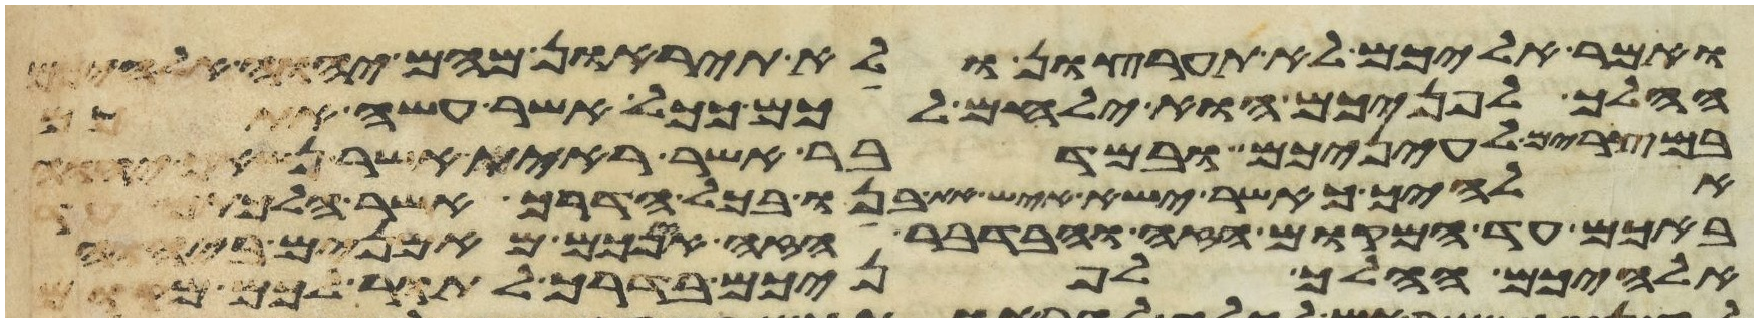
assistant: ואמר אליכם לא תערצון ולא תיראון מהם יהוה אלהיכם
ההלך לפניכם הוא ילחם לכם ככל אשר עשה אתכם
במצרים לעיניכם ובמדבר אשר ראית אשר נשאך יהוה
אלהיך כאשר ישא איש את בנו בכל הדרך אשר הלכתם
באכם עד המקום הזה ובדבר הזה אינכם מאמנים ביהוה
אלהיכם ההלך לפניכם בדרך לתור לכם מקום